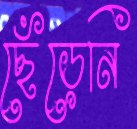
ছেঁড়েনি